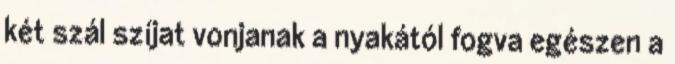
két szál szíjat vonjanak a nyakától fogva egészen a